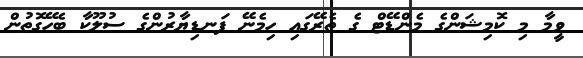
ވީމާ މި ކޮމިޝަންގެ މެންޑޭޓް ގެ ތެރޭގައި ހިމެނޭ ފަނޑިޔާރުންގެ ސުލޫކާ ބެހޭގޮތުން